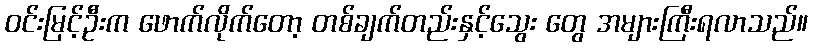
ဝင်းမြင့်ဦးက ဖောက်လိုက်တော့ တစ်ချက်တည်းနှင့်သွေး တွေ အများကြီးရလာသည်။